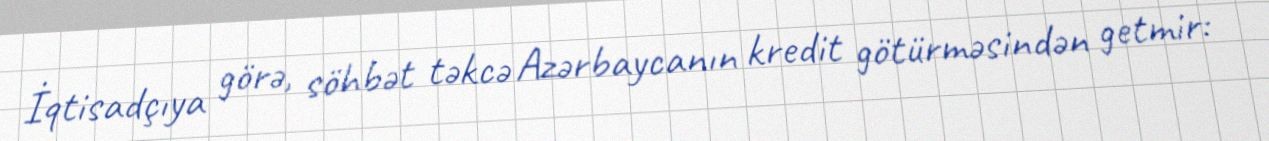
İqtisadçıya görə, söhbət təkcə Azərbaycanın kredit götürməsindən getmir: